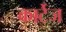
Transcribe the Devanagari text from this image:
कार्टेज